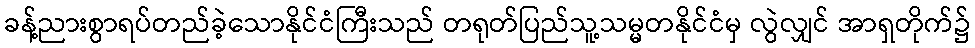
ခန့်ညားစွာရပ်တည်ခဲ့သောနိုင်ငံကြီးသည် တရုတ်ပြည်သူ့သမ္မတနိုင်ငံမှ လွဲလျှင် အာရှတိုက်၌